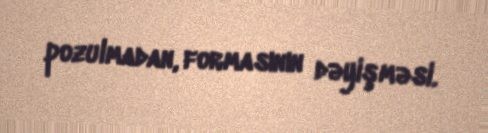
pozulmadan, formasının dəyişməsi.